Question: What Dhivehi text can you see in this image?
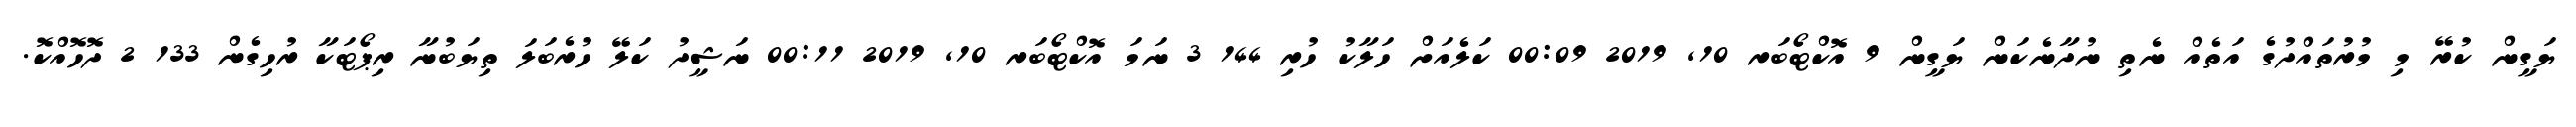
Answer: ޔަގީން ކުރޭ މި މުރުތައްދުގެ އަތެއް ނެތި ނުދާނެކަން ޔަގީން 9 އޮކްޓޯބަރ 10, 2019 00:09 ކަލެއަށް ހަލާކު ހުރި 144 3 ނަމަ އޮކްޓޯބަރ 10, 2019 00:11 ނަޝީދު ކަލޭ ހުރެބަލަ ތިޔަބުނާ ރިޕޯޓަކާ ރުހިގެން 133 2 ދޮހޮއްކޮ.